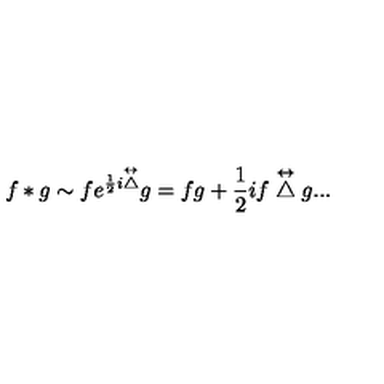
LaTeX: f * g \sim f e ^ { \frac { 1 } { 2 } i \stackrel { \leftrightarrow } { \bigtriangleup } } g = f g + \frac { 1 } { 2 } i f \stackrel { \leftrightarrow } { \bigtriangleup } g . . .